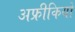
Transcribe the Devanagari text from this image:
अफ्रीकियो